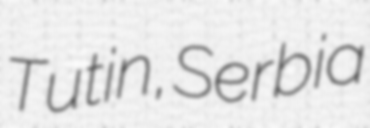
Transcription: Tutin, Serbia